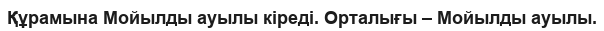
Құрамына Мойылды ауылы кіреді. Орталығы – Мойылды ауылы.